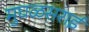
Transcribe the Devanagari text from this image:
मुघळसराई